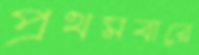
প্রথমবারে